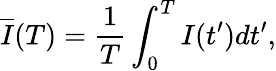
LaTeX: \overline{{I}}(T)=\frac{1}{T}\int_{0}^{T}I(t^{\prime})dt^{\prime},